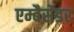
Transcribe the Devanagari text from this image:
एम्बैसेडर